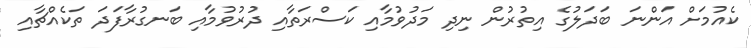
ކެއުމަށް އަންނަ ބަދަލުގެ އިތުރުން ނިދި މަދުވުމާއި ކަސްރަތާއި ދުރުވުމާއި ބަނގުރާފަދަ ތަކެއްޗާއި